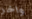
واخر